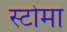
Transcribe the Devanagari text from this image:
स्टोमा